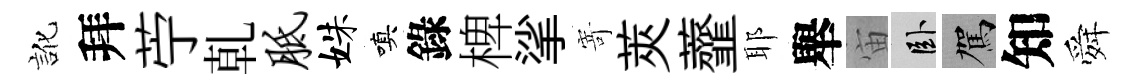
訛拜苧乹胝姝嗔錄椑挲𭔃莢虀耶舉宙卧駕知舜